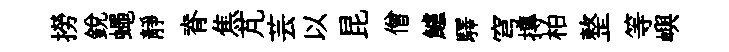
撈銳蠅靜脊焦芃芸以昆僧鱸驛穹摶柏整等嶼